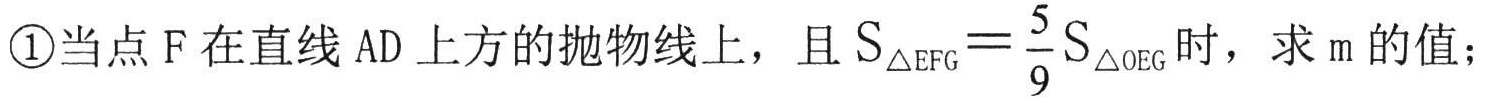
\textcircled{1}当点$\mathrm{F}$在直线$\mathrm{AD}$上方的抛物线上，且${S}_{\triangle \mathrm{EFG}}=\dfrac{5}{9}{S}_{\triangle \mathrm{OEG}}$时，求$\mathrm{m}$的值；